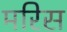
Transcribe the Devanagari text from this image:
मरिस